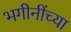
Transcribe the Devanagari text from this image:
भगीनींच्या